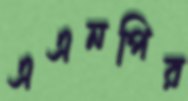
এএনপির